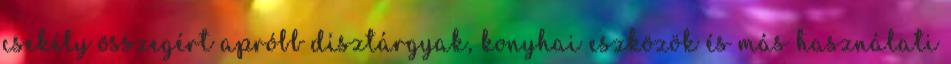
csekély összegért apróbb dísztárgyak, konyhai eszközök és más használati